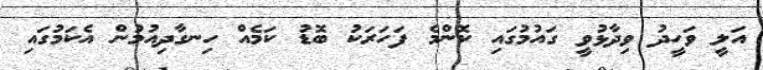
އަލީ ވަހީދު ވިދާޅުވީ ގައުމުގައި ކޮންމެ ފަހަރަކު ބޮޑު ކަމެއް ހިނގާދިއުމުން އެކަމުގައި